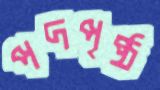
পদপৃষ্ঠ